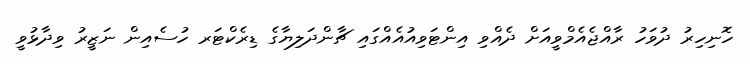
ހޮނިހިރު ދުވަހު ރާއްޖެއެމްވީއަށް ދެއްވި އިންޓަވިއުއެއްގައި ޗާންދަލިޔާގެ ޑިރެކްޓަރ ހުސެއިން ނަޒީރު ވިދާޅުވީ